Civil Veterinary Dept. Bombay admin report 1907-1913 - 1907-1913
Year: 1907
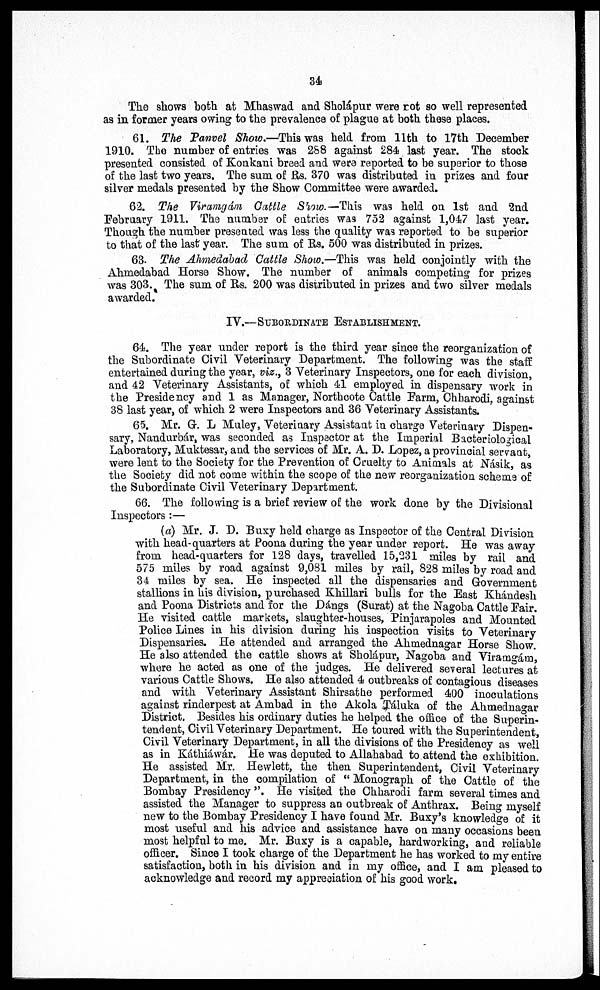
34
The shows both at Mhaswad and Sholápur were rot so well represented
as in former years owing to the prevalence of plague at both these places.
61. The Panvel Show,—This was held from 11th to 17th December
1910. The number of entries was 288 against 281 last year. The stock
presented consisted of Konkani breed and were reported to be superior to those
of the last two years. The sum of Us. 370 was distributed in prizes and four
silver medals presented by the Show Committee were awarded.
62. The Viramgám Cattle Show.-This
was held on 1st and 2nd
February 1911. The number of entries was 752 against 1,0-17 last year.
Though the number presented was less the quality was reported to be superior
to that of the last year. The sum of Rs. 500 was distributed in prizes.
63. The Ahmedabad Cattle Show.—This was held conjointly with the
Ahmedabad Horse Show. The number of animals competing for prizes
was 303. The sum of Rs. 200 was distributed in prizes and two silver medals
awarded.
IV.—SUBORDINATE ESTABLISHMENT.
6-1. The year under report is the third year since the reorganization of
the Subordinate Civil Veterinary Department. The following was the staff
entertained during the year, viz., 3 Veterinary Inspectors, one for each division,
and 42 Veterinary Assistants, of which 11 employed in dispensary work in
the Presidency and 1 as Manager, Northcote Cattle Farm, Chharodi, against
38 last year, of which 2 were Inspectors and 36 Veterinary Assistants.
65. Mr. G. L Muley, Veterinary Assistant in charge Veterinary Dispen-
sary, Nandurbár, was seconded as Inspector at the Imperial Bacteriological
Laboratory, Muktesar, and the services of Mr. A. D. Lopez, a provincial servant,
were lent to the Society for the Prevention of Cruelty to Animals at Násik, as
the Society did not come within the scope of the new reorganization scheme of
the Subordinate Civil Veterinary Department.
66. The following is a brief review of the work done by the Divisional
Inspectors :—
(a) Mr. J. D. Buxy held charge as Inspector of the Central Division
with head-quarters at Poona during the year under report. He was away
from head-quarters for 128 days, travelled 15,231 miles by rail and
575 miles by road against 9,031 miles by rail, 828 miles by road and
34 miles by sea. He inspected all the dispensaries and Government
stallions in his division, purchased Khillari bulls for the East Khándesh
and Poona Districts and for the Dángs (Surat) at the Nagoba Cattle Fair.
He visited cattle markets, slaughter-houses, Pinjarapoles and Mounted
Police Lines in his division during his inspection visits to Veterinary
Dispensaries. He attended and arranged the Ahmednagar Horse Show.
He also attended the cattle shows at Sholápur, Nagoba and Viramgám,
where he acted as one of the judges. He delivered several lectures at
various Cattle Shows. He also attended 1 outbreaks of contagious diseases
and with Veterinary Assistant Shirsathe performed 100 inoculations
against rinderpest at Ambad in the Akola Táluka of the Ahmednagar
District. Besides his ordinary duties he helped the office of the Superin-
tendent, Civil Veterinary Department. He toured with the Superintendent,
Civil Veterinary Department, in all the divisions of the Presidency as well
as in Káthiáwár. He was deputed to Allahabad to attend the exhibition.
He assisted Mr. Hewlett, the then Superintendent, Civil Veterinary
Department, in the compilation of " Monograph of the Cattle of the
Bombay Presidency ". He visited the Chharodi farm several times and
assisted the Manager to suppress an outbreak of Anthrax. Being myself
new to the Bombay Presidency I have found Mr. Buxy's knowledge of it
most useful and his advice and assistance have on many occasions been
most helpful to me. Mr. Buxy is a capable, hardworking, and reliable
officer. Since I took charge of the Department he has worked to my entire
satisfaction, both in his division and in my office, and I am pleased to
acknowledge and record my appreciation of his good work.